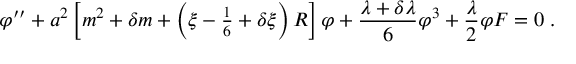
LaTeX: \varphi ^ { \prime \prime } + a ^ { 2 } \left[ m ^ { 2 } + \delta m + \left( \xi - { \textstyle \frac { 1 } { 6 } } + \delta \xi \right) R \right] \varphi + \frac { \lambda + \delta \lambda } { 6 } \varphi ^ { 3 } + \frac { \lambda } { 2 } \varphi { \cal F } = 0 \; .